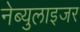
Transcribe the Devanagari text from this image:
नेब्युलाइजर